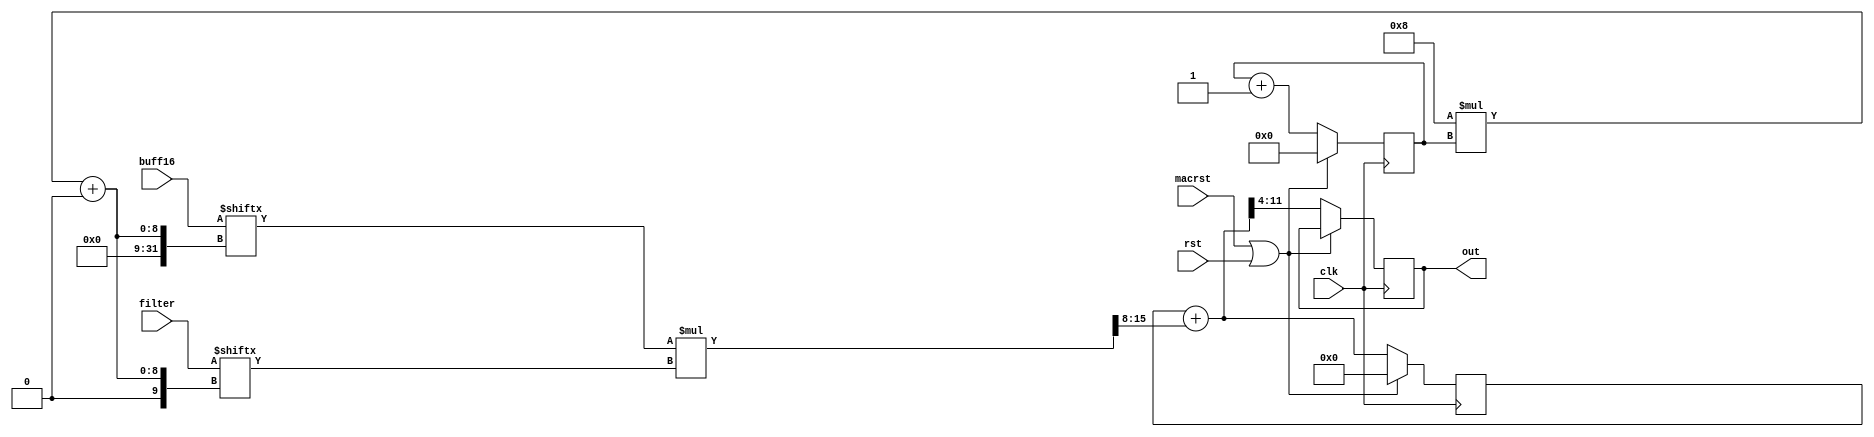
module MAC(rst, macrst, clk, buff16, filter, out);
input rst, macrst, clk;
input [127:0] buff16, filter;
output reg [7:0] out;
reg [3:0] cnt;
reg [15:0] mult16;
reg [7:0] mult;
reg [11:0] sum;
always@(posedge clk) begin
	if(macrst | rst) cnt = 0;
	else cnt = cnt + 1;
end
always@(posedge clk) begin
	if(macrst | rst) sum = 8'b0;
	else begin
		mult16 = buff16[8*cnt+:8]*filter[8*cnt+:8];
	 	sum = sum + mult16[15:8];
		out = sum[11:4];
	end
end
endmodule